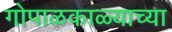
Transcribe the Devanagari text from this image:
गोपाळकाळ्याच्या